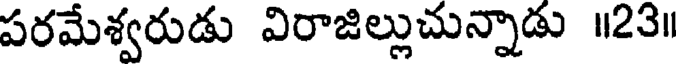
పరమేశ్వరుడు విరాజిల్లుచున్నాడు ॥23॥